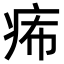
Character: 𤵗